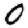
Digit: 0